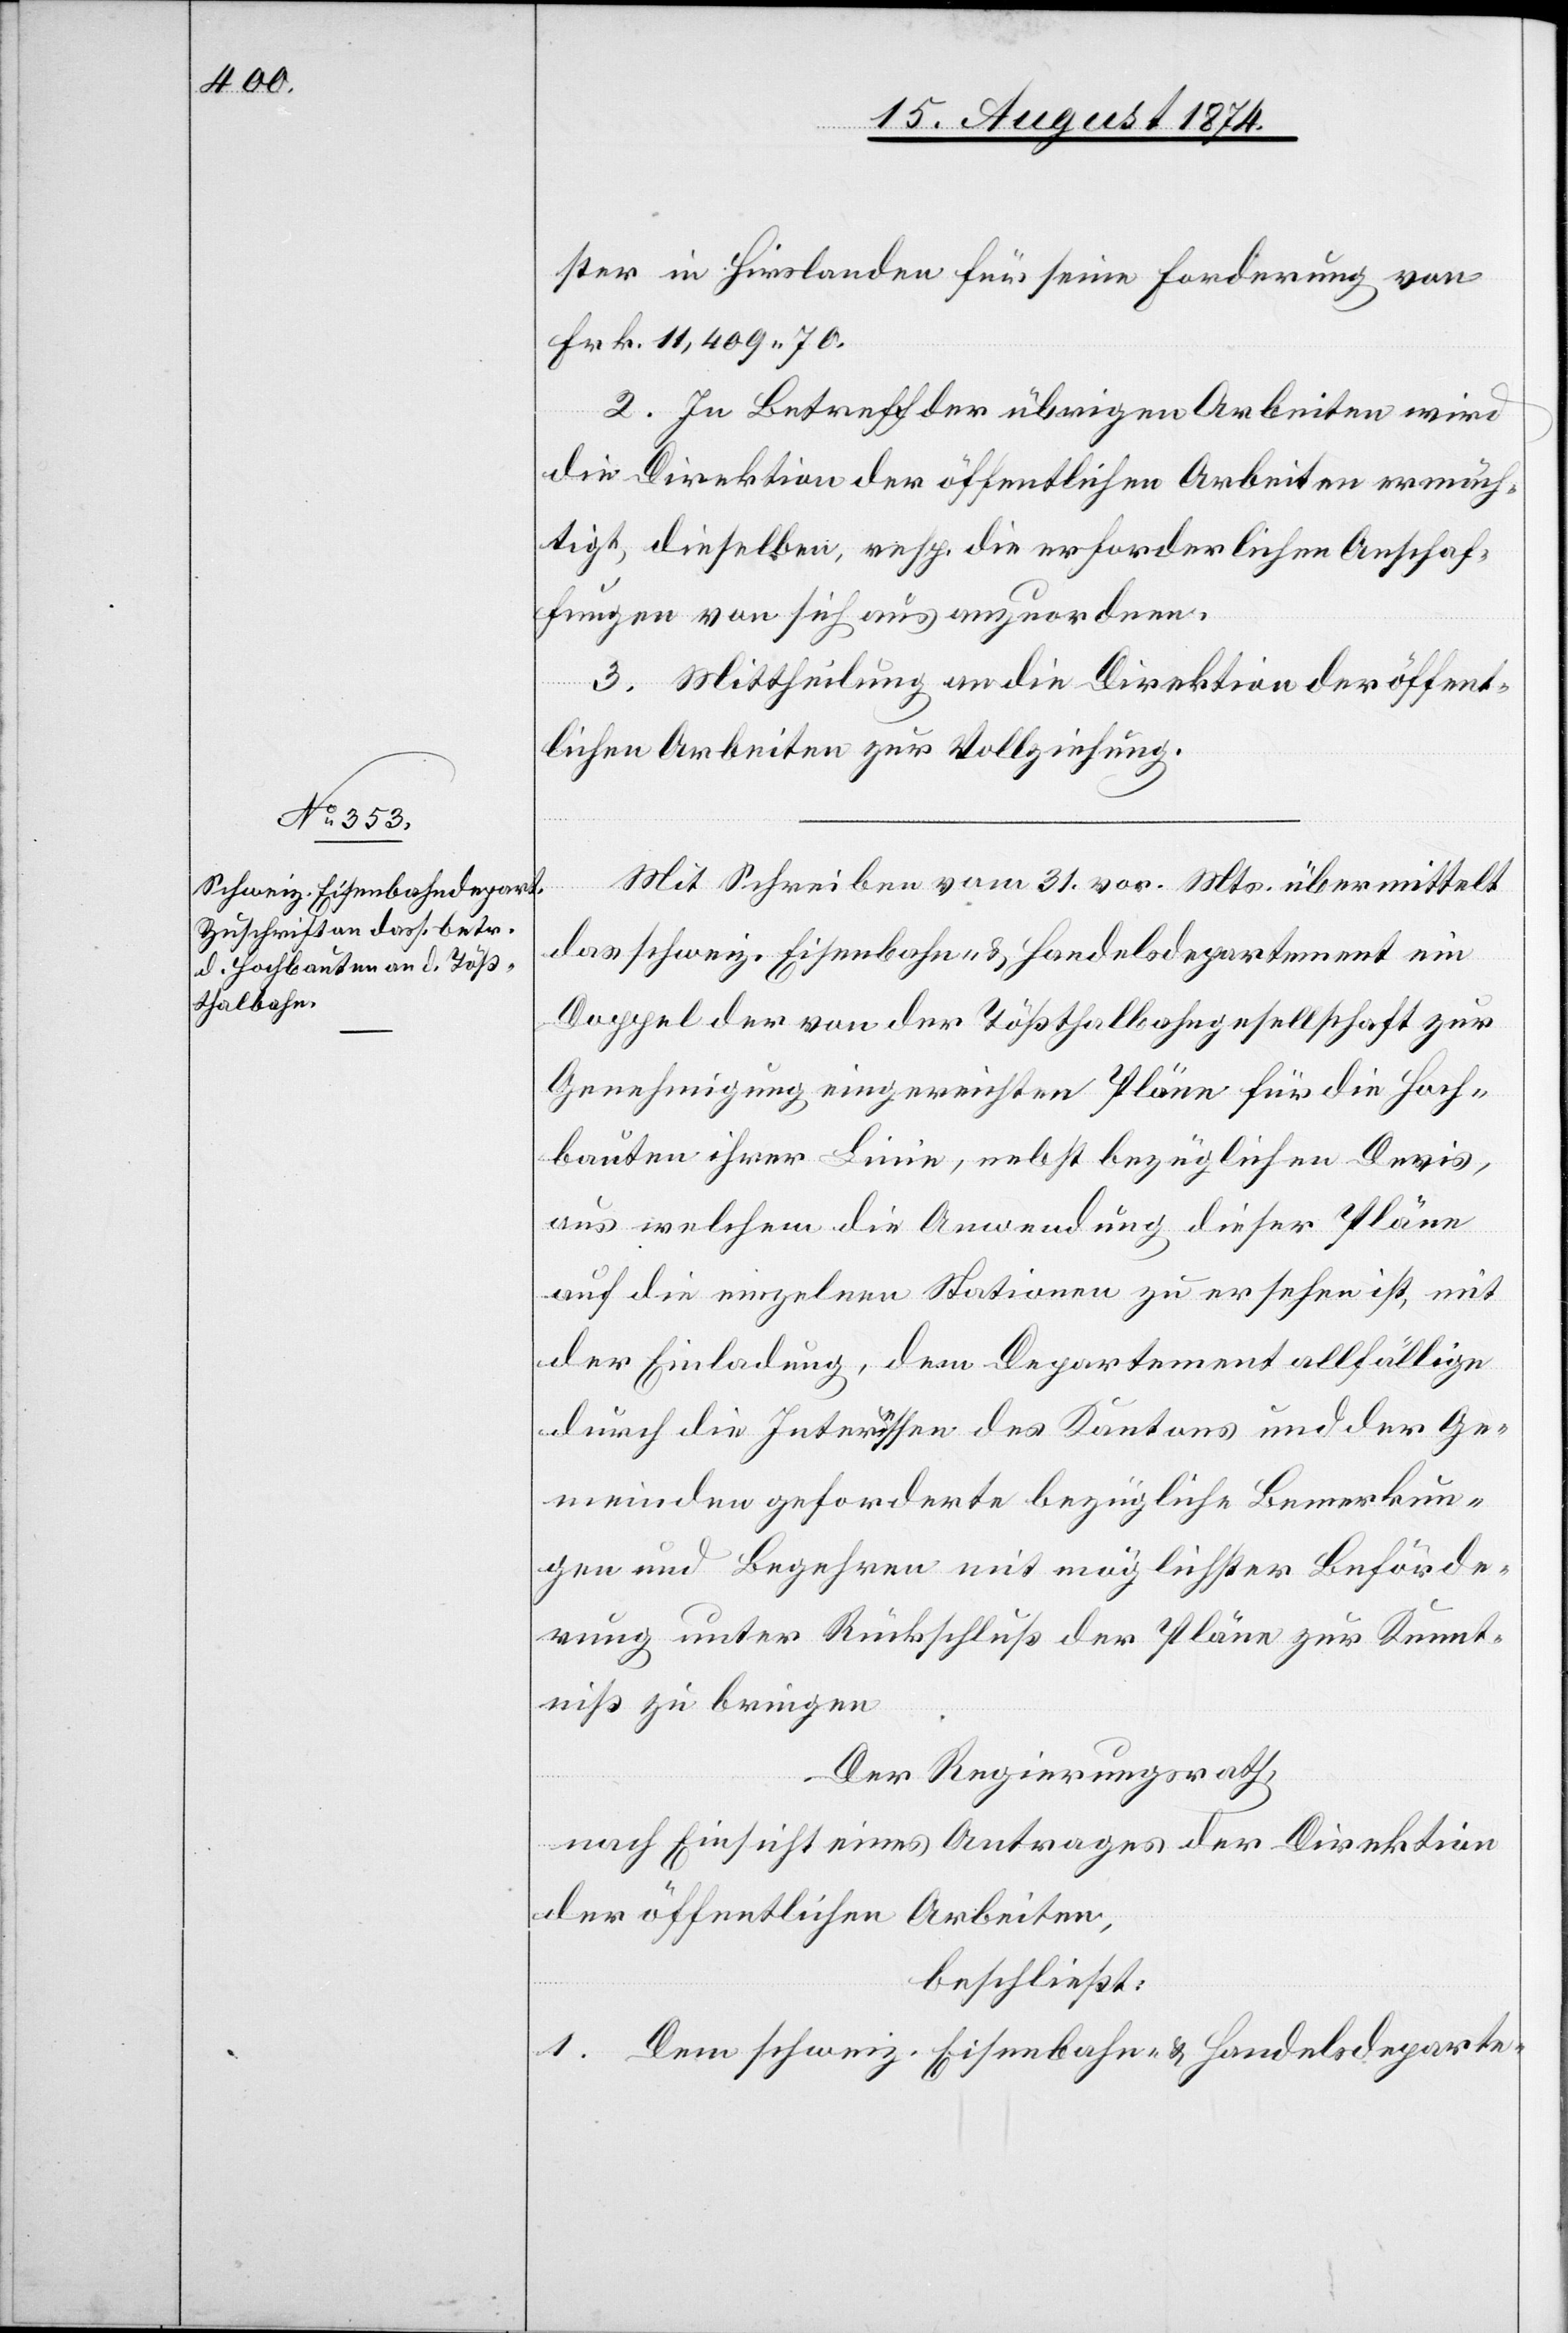
ster in Hirslanden für seine Forderung von
Frk. 11,409.70.
2. In Betreff der übrigen Arbeiten wird
die Direktion der öffentlichen Arbeiten ermäch¬
tigt, dieselben, resp. die erforderlichen Anschaf¬
fungen von sich aus anzuordnen.
3. Mittheilung an die Direktion der öffent¬
lichen Arbeiten zur Vollziehung.
Mit Schreiben vom 31. vor. Mts. übermittelt
das schweiz. Eisenbahn- u. Handelsdepartement ein
Doppel der von der Tößthalbahngesellschaft zur
Genehmigung eingereichten Pläne für die Hoch¬
bauten ihrer Linie, nebst bezüglichen Devis,
aus welchem die Anwendung dieser Pläne
auf die einzelnen Stationen zu ersehen ist, mit
der Einladung, dem Departement allfällige
durch die Interessen des Kantons und der Ge¬
meinden geforderte bezügliche Bemerkun¬
gen und Begehren mit möglichster Beförde¬
rung unter Rückschluß der Pläne zur Kennt¬
niß zu bringen.
Der Regierungsrath,
nach Einsicht eines Antrages der Direktion
der öffentlichen Arbeiten,
beschließt:
1. Dem schweiz. Eisenbahn- u. Handelsdeparte-